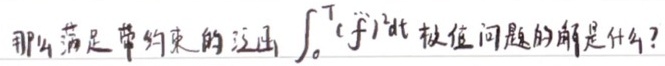
那么满足带约束的泛函\(\int_{0}^{T}(f')^{2}dt\)极值问题的解是什么？